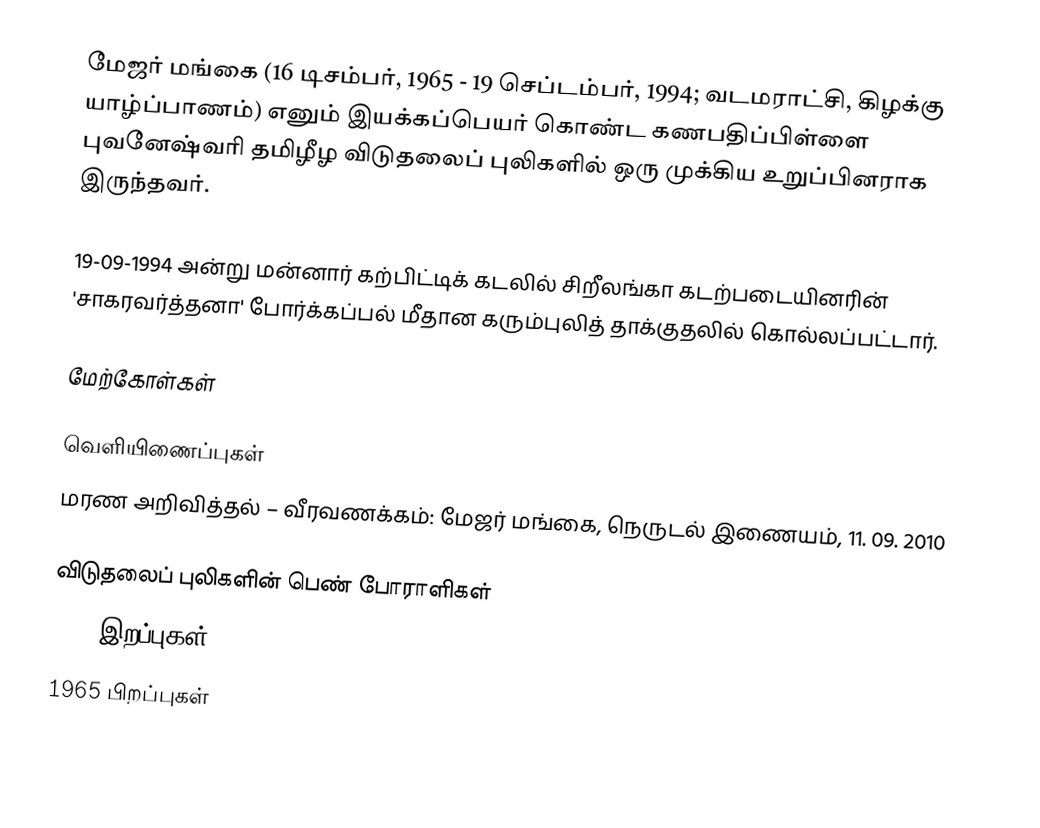
மேஜர் மங்கை (16 டிசம்பர், 1965 - 19 செப்டம்பர், 1994; வடமராட்சி, கிழக்கு யாழ்ப்பாணம்) எனும் இயக்கப்பெயர் கொண்ட கணபதிப்பிள்ளை புவனேஷ்வரி தமிழீழ விடுதலைப் புலிகளில் ஒரு முக்கிய உறுப்பினராக இருந்தவர்.

19-09-1994 அன்று மன்னார் கற்பிட்டிக் கடலில் சிறீலங்கா கடற்படையினரின் 'சாகரவர்த்தனா' போர்க்கப்பல் மீதான கரும்புலித் தாக்குதலில் கொல்லப்பட்டார்.

மேற்கோள்கள்

வெளியிணைப்புகள்
மரண அறிவித்தல் – வீரவணக்கம்: மேஜர் மங்கை, நெருடல் இணையம், 11. 09. 2010

விடுதலைப் புலிகளின் பெண் போராளிகள்
1994 இறப்புகள்
1965 பிறப்புகள்